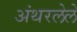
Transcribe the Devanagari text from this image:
अंथरलेले